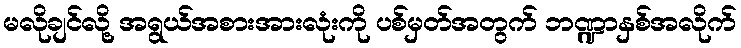
မလိုချင်လို့ အရွယ်အစားအားလုံးကို ပစ်မှတ်အတွက် ဘဏ္ဍာနှစ်အလိုက်